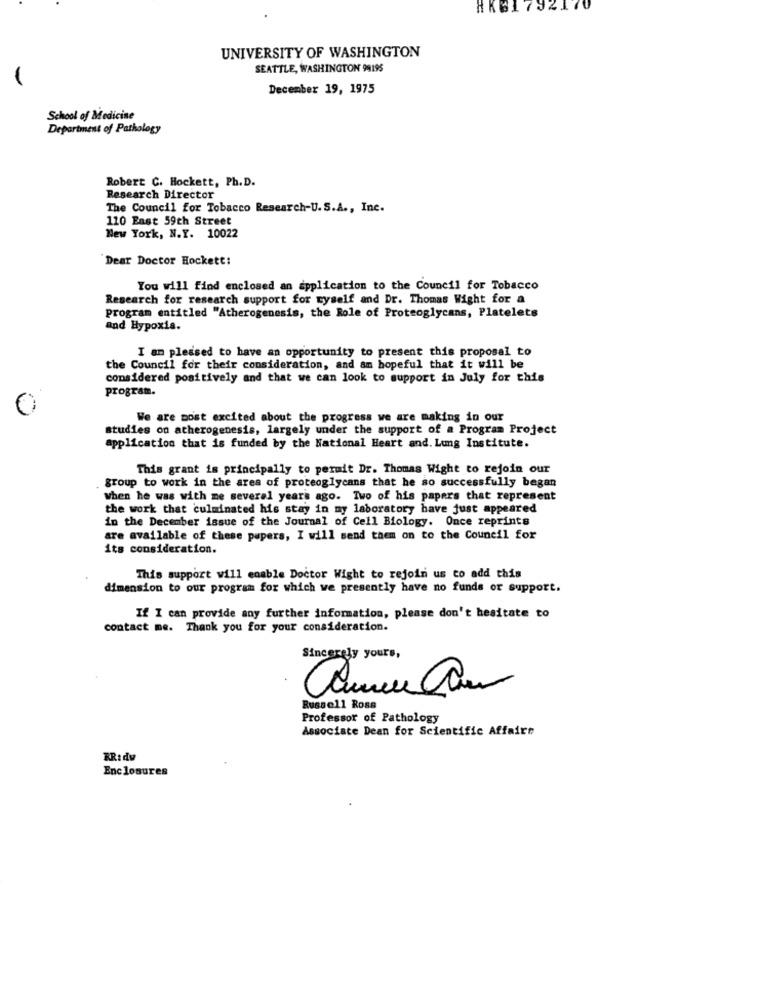
HKB1792170
UNIVERSITY OF WASHINGTON
SEATTLE, WASHINGTON 99195
December 19, 1975
School of Medicine
Department of Pathology
Robert C. Hockett, Ph. D.
Research Director
The Council for Tobacco Research-U.S.A ., Inc.
110 East 59th Street
New York, N.Y. 10022
"Dear Doctor Hockett:
You will find enclosed an application to the Council for Tobacco
Research for research support for myself and Dr. Thomas Wight for a
Program entitled "Atherogenesis, the Role of Proteoglycans, Platelets
and Hypoxia.
I am pleased to have an opportunity to present this proposal to
the Council for their consideration, and am hopeful that it will be
considered positively and that we can look to support in July for this
program.
We are most excited about the progress we are making in our
studies on atherogenesis, largely under the support of a Program Project
application that is funded by the National Heart and. Lung Institute.
This grant is principally to perait Dr. Thomas Wight to rejoin our
group to work in the area of proteoglycans that he so successfully began
when he was with me several years ago. Two of his papers that represent
the work that culminated his stay in my laboratory have just appeared
in the December issue of the Journal of Cell Biology. Once reprints
are available of these papers, I will send them on to the Council for
its consideration.
This support will enable Doctor Wight to rejoin us to add this
dimension to our program for which we presently have no funds or support.
If I can provide any further information, please don't hesitate to
contact me. Thank you for your consideration.
Sincerely yours,
Russell Ross
Professor of Pathology
Associate Dean for Scientific Affaire
RRidy
Enclosures